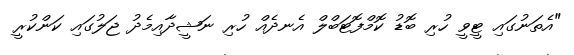
"އެތަނުގައި ޓީވީ ހުރި ބޮޑު ކޮމްފޮޓަބްލް އެނދެއް ހުރި ނަޝީދާއިމެދު ޖަލުގައި ކަންކުރީ